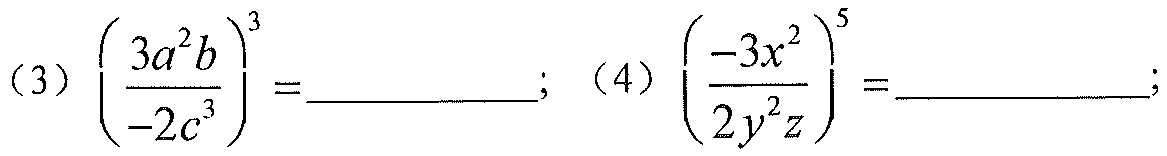
(3) \(\left(\frac{3a^{2}b}{-2c^{3}}\right)^{3}=\_\_\_\_\_\_\_\_\); (4) \(\left(\frac{-3x^{2}}{2y^{2}z}\right)^{5}=\_\_\_\_\_\_\_\_\);